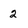
Character: 2